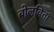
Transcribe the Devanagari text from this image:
बोलविता